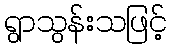
ရွာသွန်းသဖြင့်